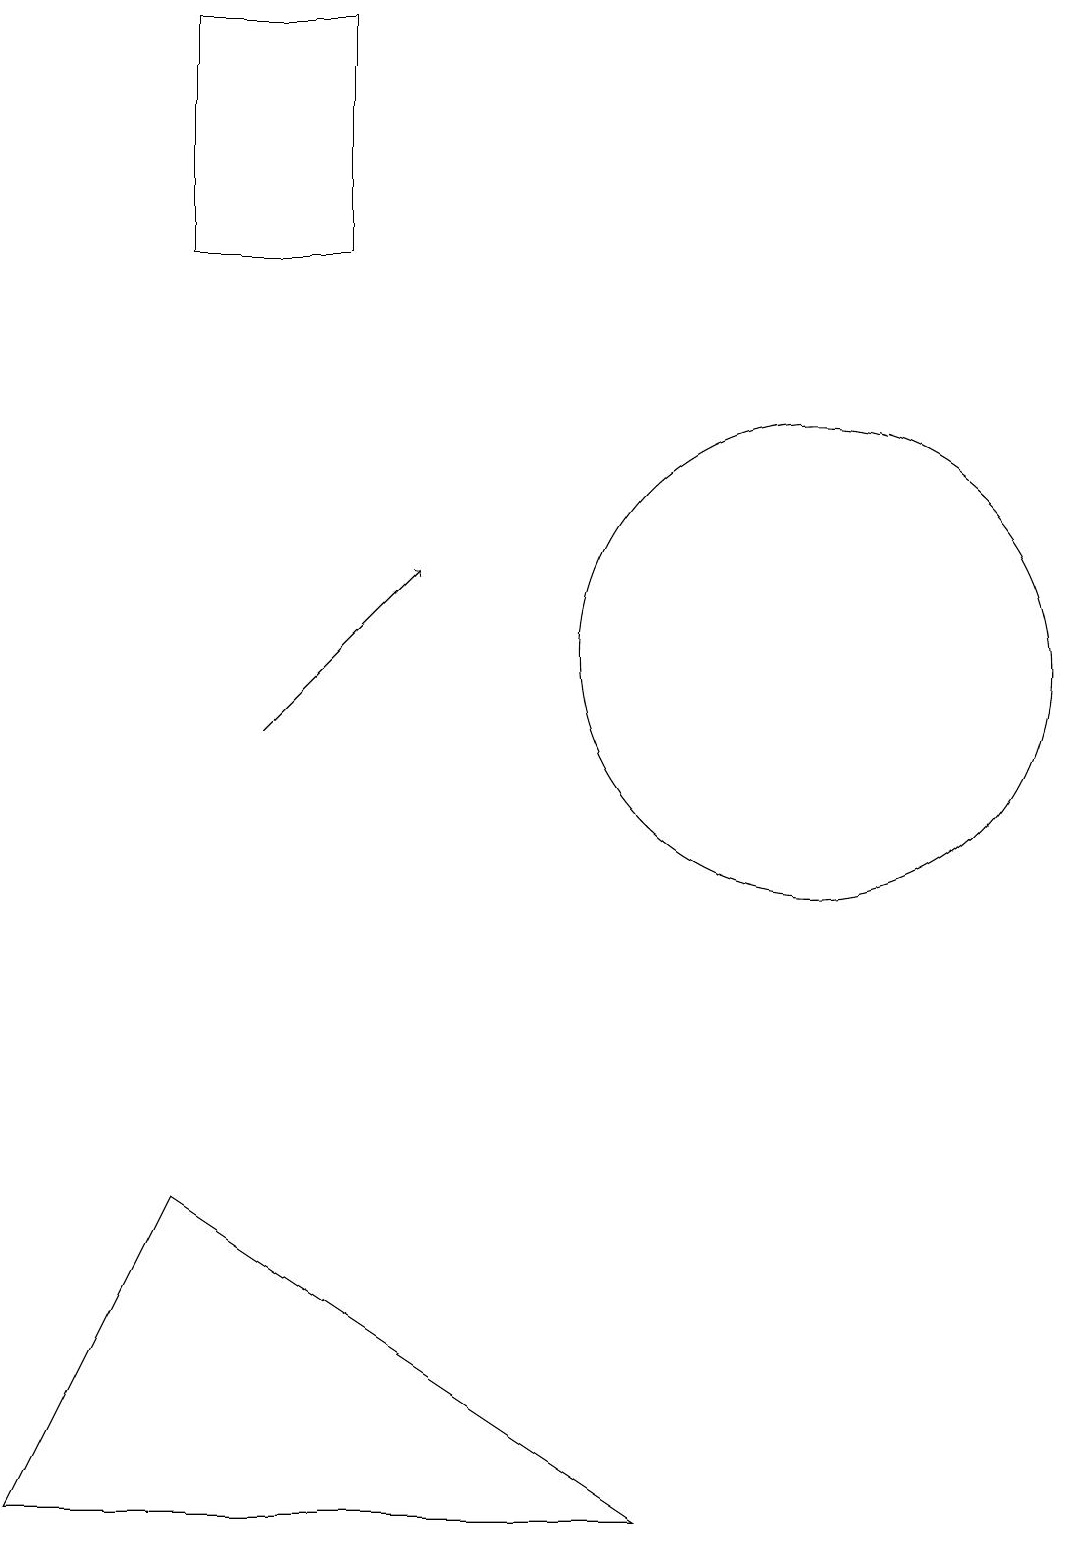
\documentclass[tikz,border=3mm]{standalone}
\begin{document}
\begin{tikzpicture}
\draw (5,16) rectangle (3,19);
\draw (11,11) circle (3);
\draw[->] (4,10) -- (6,12);
\draw (1,0) -- (9,0) -- (3,4) -- cycle;
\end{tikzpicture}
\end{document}